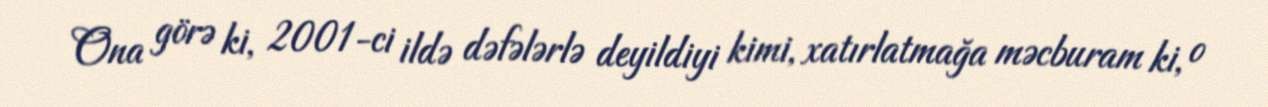
Ona görə ki, 2001-ci ildə dəfələrlə deyildiyi kimi, xatırlatmağa məcburam ki, o